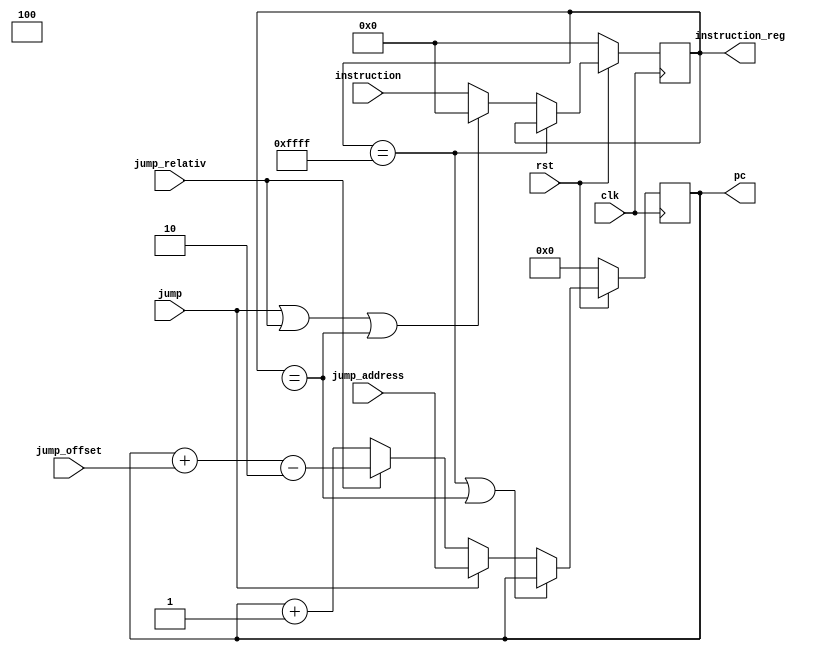
`timescale 1ns / 1ps
//////////////////////////////////////////////////////////////////////////////////
// Company: 
// Engineer: 
// 
// Design Name: 
// Module Name: fetch
// Project Name: 
// Target Devices: 
// Tool Versions: 
// Description: 
// 
// Dependencies: 
// 
// Revision:
// Revision 0.01 - File Created
// Additional Comments:
// 
//////////////////////////////////////////////////////////////////////////////////


`define ADD                 16'b0000001xxxxxxxxx
`define ADDF                16'b0000010xxxxxxxxx
`define SUB                 16'b0000011xxxxxxxxx
`define SUBF                16'b0000100xxxxxxxxx
`define AND                 16'b0000101xxxxxxxxx
`define OR                  16'b0000110xxxxxxxxx
`define XOR                 16'b0000111xxxxxxxxx
`define NAND                16'b0001000xxxxxxxxx
`define NOR                 16'b0001001xxxxxxxxx
`define NXOR                16'b0001010xxxxxxxxx
`define SHIFTR              16'b0001011xxxxxxxxx
`define SHIFTRA             16'b0001100xxxxxxxxx
`define SHIFTL              16'b0001101xxxxxxxxx
`define LOAD                16'b00100xxxxxxxxxxx
`define LOADC               16'b00101xxxxxxxxxxx
`define STORE               16'b00110xxxxxxxxxxx
`define JMP                 16'b1000xxxxxxxxxxxx
`define JMPR                16'b1001xxxxxxxxxxxx
`define JMPCOND             16'b1010xxxxxxxxxxxx
`define JMPRCOND            16'b1110xxxxxxxxxxxx
`define NOP                 16'b0000000000000000
`define HALT                16'b1111111111111111


`define R0                  3'd0
`define R1                  3'd1
`define R2                  3'd2
`define R3                  3'd3
`define R4                  3'd4
`define R5                  3'd5
`define R6                  3'd6
`define R7                  3'd7

`define N                   3'b000
`define NN                  3'b001
`define Z                   3'b010
`define NZ                  3'b011
`define RSV                 3'b1xx

module fetch #(parameter A_SIZE=10 , parameter D_SIZE=32)(
    input 		rst,   
    input		clk,
    input [15:0] instruction,
    input jump,
    input jump_relativ,
    input [5:0] jump_offset,
    input [A_SIZE -1:0] jump_address,
    output reg [A_SIZE-1:0] pc,
    output reg [15:0] instruction_reg
    );
wire signed [A_SIZE -1:0] offset;
assign offset = jump_offset;
always @(posedge clk)begin
    if(rst==0)
        pc<=0;
    else if(instruction_reg == `HALT || instruction_reg == `LOAD) 
        pc <= pc;
    else if( jump )
        pc <= jump_address;
    else if (jump_relativ)
        pc <= pc + offset -2;
    else
        pc <= pc+1;
end
        
 always @(posedge clk) begin
    if(rst==0)
        instruction_reg <= 0;
    else if(instruction_reg == `HALT)
        instruction_reg <= instruction_reg;
    else if(jump || jump_relativ || instruction_reg == `LOAD )
        instruction_reg <= `NOP;
    else
        instruction_reg <= instruction;
end 

endmodule